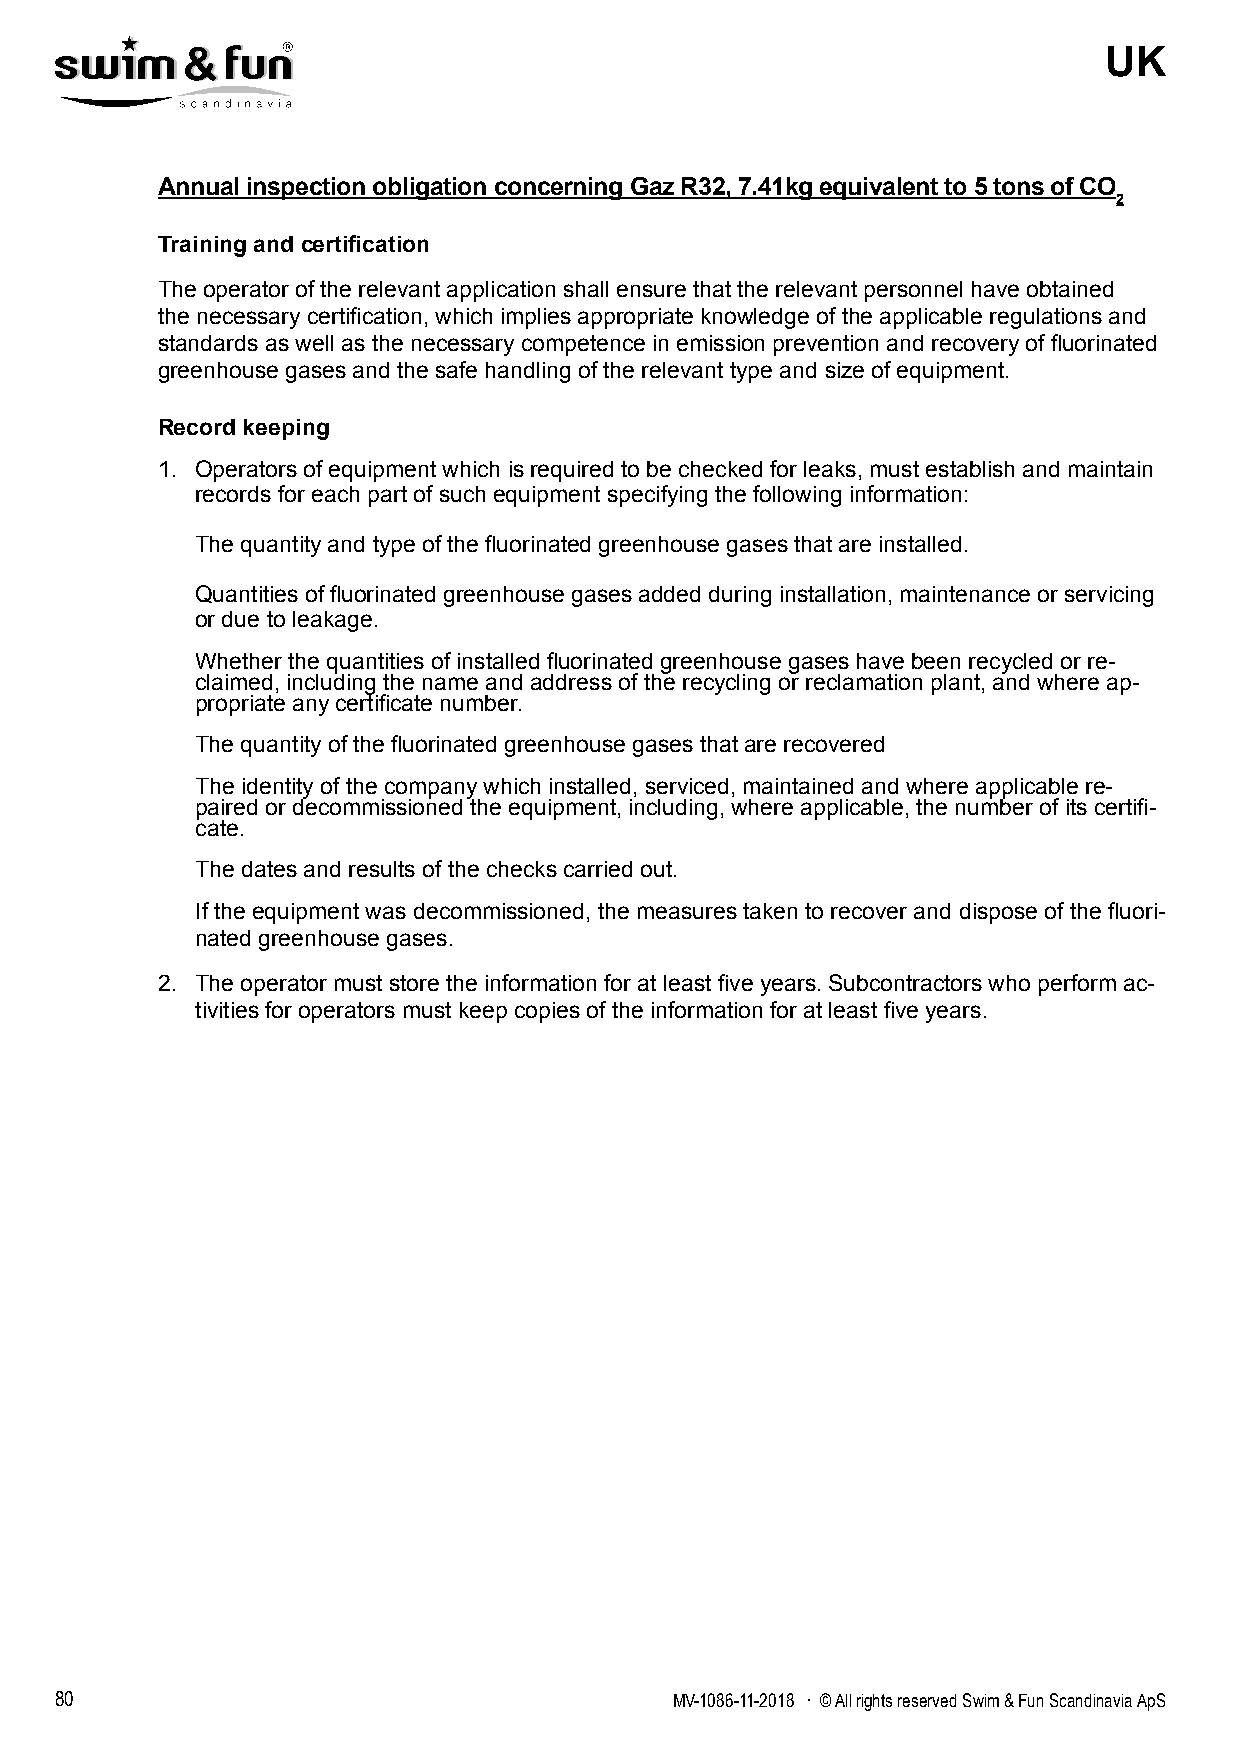
UK
 Annual inspection obligation concerning Gaz R32, 7.41kg equivalent to 5 tons of CO
 2
 Training and certification
 The operator of the relevant application shall ensure that the relevant personnel have obtained
 the necessary certification, which implies appropriate knowledge of the applicable regulations and
 standards as well as the necessary competence in emission prevention and recovery of fluorinated
 greenhouse gases and the safe handling of the relevant type and size of equipment.
 Record keeping
 1. Operators of equipment which is required to be checked for leaks, must establish and maintain
 records for each part of such equipment specifying the following information:
 The quantity and type of the fluorinated greenhouse gases that are installed.
 Quantities of fluorinated greenhouse gases added during installation, maintenance or servicing
 or due to leakage.
 Whether the quantities of installed fluorinated greenhouse gases have been recycled or re-
 claimed, including the name and address of the recycling or reclamation plant, and where ap-
 propriate any certificate number.
 The quantity of the fluorinated greenhouse gases that are recovered
 The identity of the company which installed, serviced, maintained and where applicable re-
 paired or decommissioned the equipment, including, where applicable, the number of its certifi-
 cate.
 The dates and results of the checks carried out.
 If the equipment was decommissioned, the measures taken to recover and dispose of the fluori-
 nated greenhouse gases.
 2. The operator must store the information for at least five years. Subcontractors who perform ac-
 tivities for operators must keep copies of the information for at least five years.
 80                                      MV-1086-11-2018 . © All rights reserved Swim & Fun Scandinavia ApS